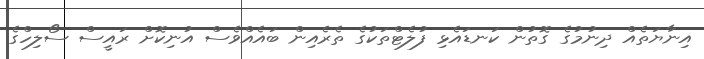
އިނާޔަތެއް ދިނުމުގެ ގޮތުން ކަނޑައެޅި ފުލެޓްތަކުގެ ތެރެއިން ބައެއްވެސް އުނިކޮށް ރައީސް ސޯލިހްގެ